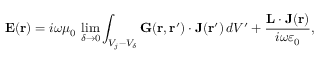
{ \bf E } ( { \bf r } ) = i \omega \mu _ { 0 } \, \operatorname* { l i m } _ { \delta \rightarrow 0 } \int _ { V _ { j } - V _ { \delta } } { \bf G } ( { \bf r } , { \bf r } ^ { \prime } ) \cdot { \bf J } ( { \bf r } ^ { \prime } ) \, d V ^ { \prime } + \frac { { \bf L } \cdot { \bf J } ( { \bf r } ) } { i \omega \varepsilon _ { 0 } } ,